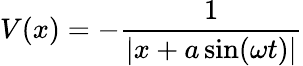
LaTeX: V(x)=-{\frac{1}{\left|x+a\sin(\omega t)\right|}}